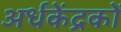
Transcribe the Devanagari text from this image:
अर्धकेंद्रकों